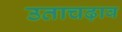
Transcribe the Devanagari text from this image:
उताचढ़ाव